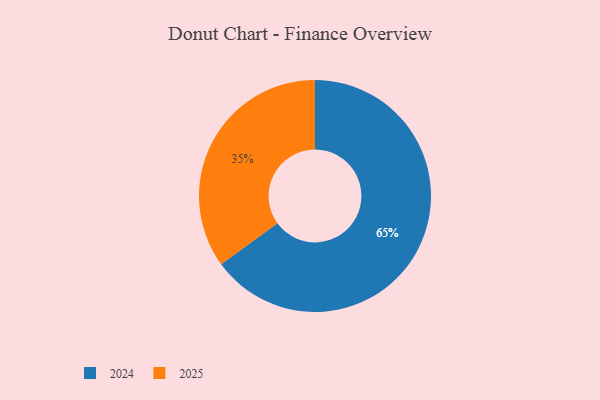
{"axis": {"x": "Category", "y": "Percentage"}, "legend": ["2024", "2025"], "data": [{"x": "2025", "y": 35, "type": "2025"}, {"x": "2024", "y": 65, "type": "2024"}]}